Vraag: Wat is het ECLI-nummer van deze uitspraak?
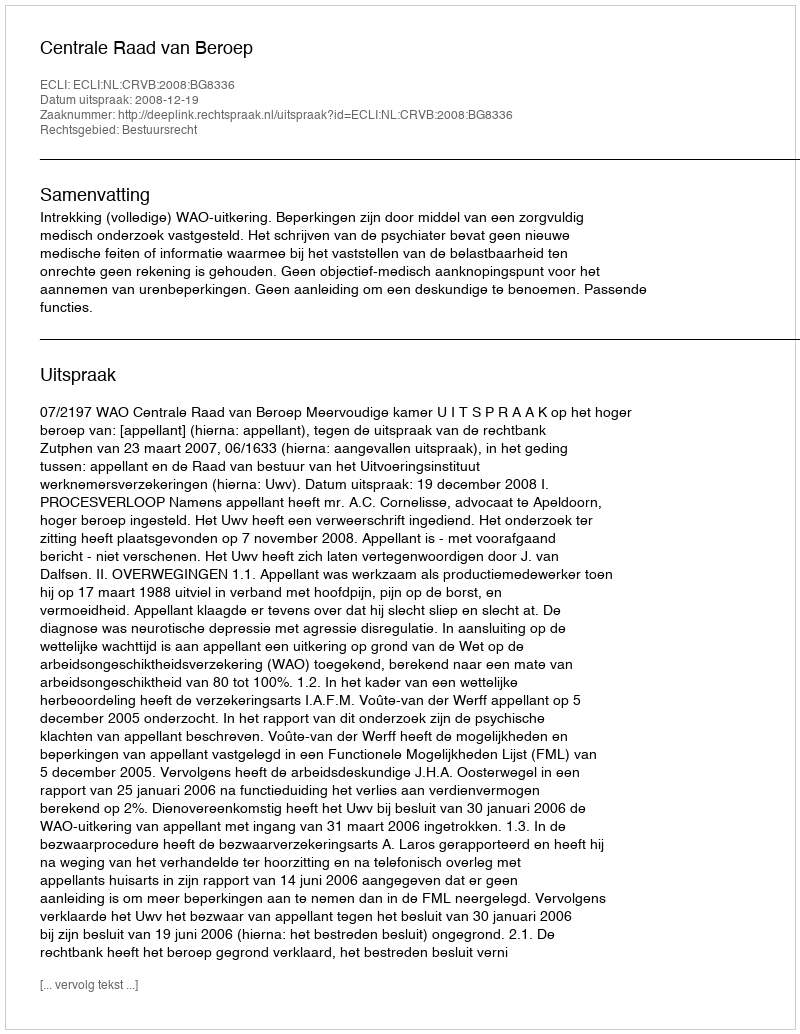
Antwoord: ECLI:NL:CRVB:2008:BG8336